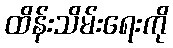
ထိန်းသိမ်းရေးကို